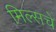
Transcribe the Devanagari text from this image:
मिल्सचे